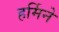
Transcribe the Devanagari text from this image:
हर्मिने